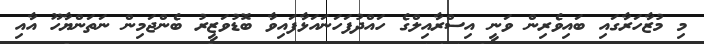
މި މުޒާހަރާގައި ބައިވެރިން ވަނީ އިސްރާއިލްގެ ހައްދުފަހަނައަޅާފައިވާ ބޮޑުވަޒީރު ބެންޖަމިން ނަތަންޔާހޫ އާއި